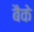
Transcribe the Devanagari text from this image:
बैके